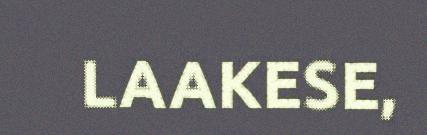
LAAKESE,